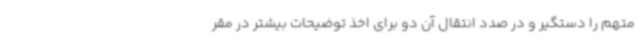
متهم را دستگیر و در صدد انتقال آن دو برای اخذ توضیحات بیشتر در مقر